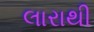
લારાથી